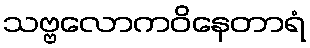
သဗ္ဗလောကဝိနေတာရံ